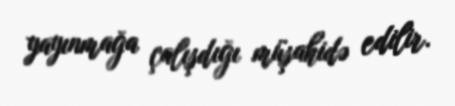
yayınmağa çalışdığı müşahidə edilir.